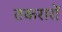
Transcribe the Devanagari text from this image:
तकरारों